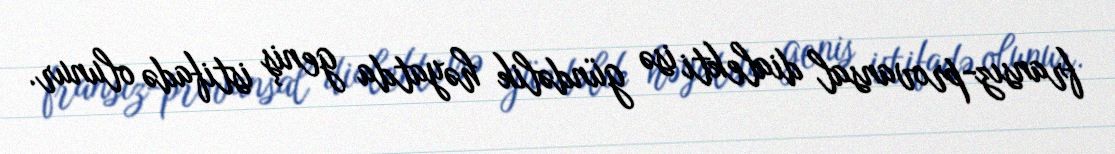
fransız-provansal dialekti isə gündəlik həyatda geniş istifadə olunur.